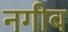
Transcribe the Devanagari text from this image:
नगीब